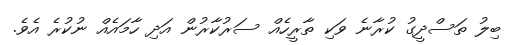
ބިލު ތަސްދީގު ކުރާނެ ވަކި ތާރީހެއް ސަރުކާރުން އަދި ހާމައެއް ނުކުރެ އެވެ.